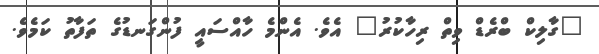
"ގާލިކް ބްރެޑް ވިތް ރިހާކުރު" އެވެ. އެންމެ ހާއްސައީ ފުންގަނޑުގެ ތަފާތުު ކަމެވެ.